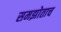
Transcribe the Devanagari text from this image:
समझोताच